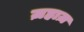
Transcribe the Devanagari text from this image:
ज़हाज़